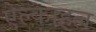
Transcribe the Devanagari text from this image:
ऐल्काहल